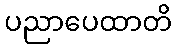
ပညာပေထာတိ